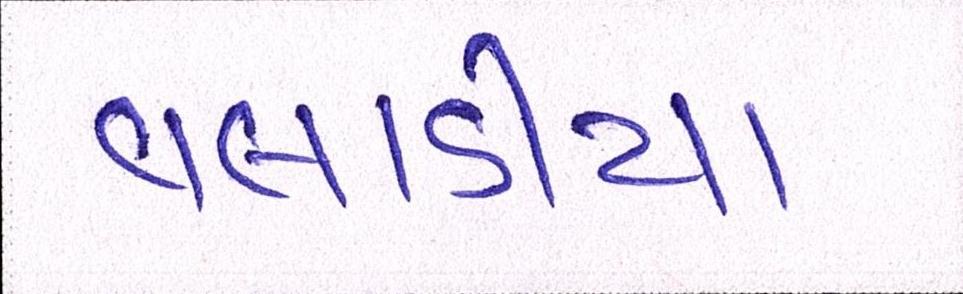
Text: વલાડીયા